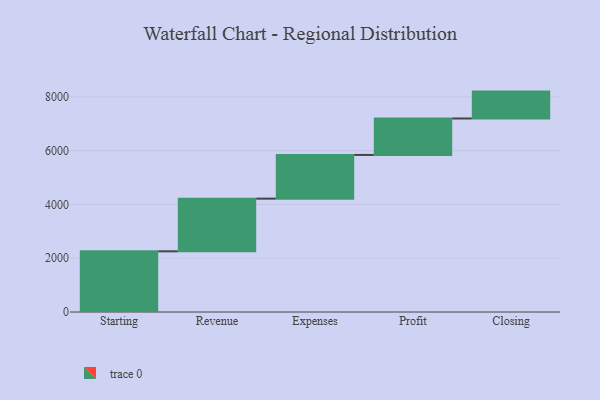
{"axis": {"x": "Step", "y": "Value"}, "legend": [""], "data": [{"x": "Starting", "y": 2257.0, "type": ""}, {"x": "Revenue", "y": 1960.0, "type": ""}, {"x": "Expenses", "y": 1626.0, "type": ""}, {"x": "Profit", "y": 1356.0, "type": ""}, {"x": "Closing", "y": 1000, "type": ""}]}